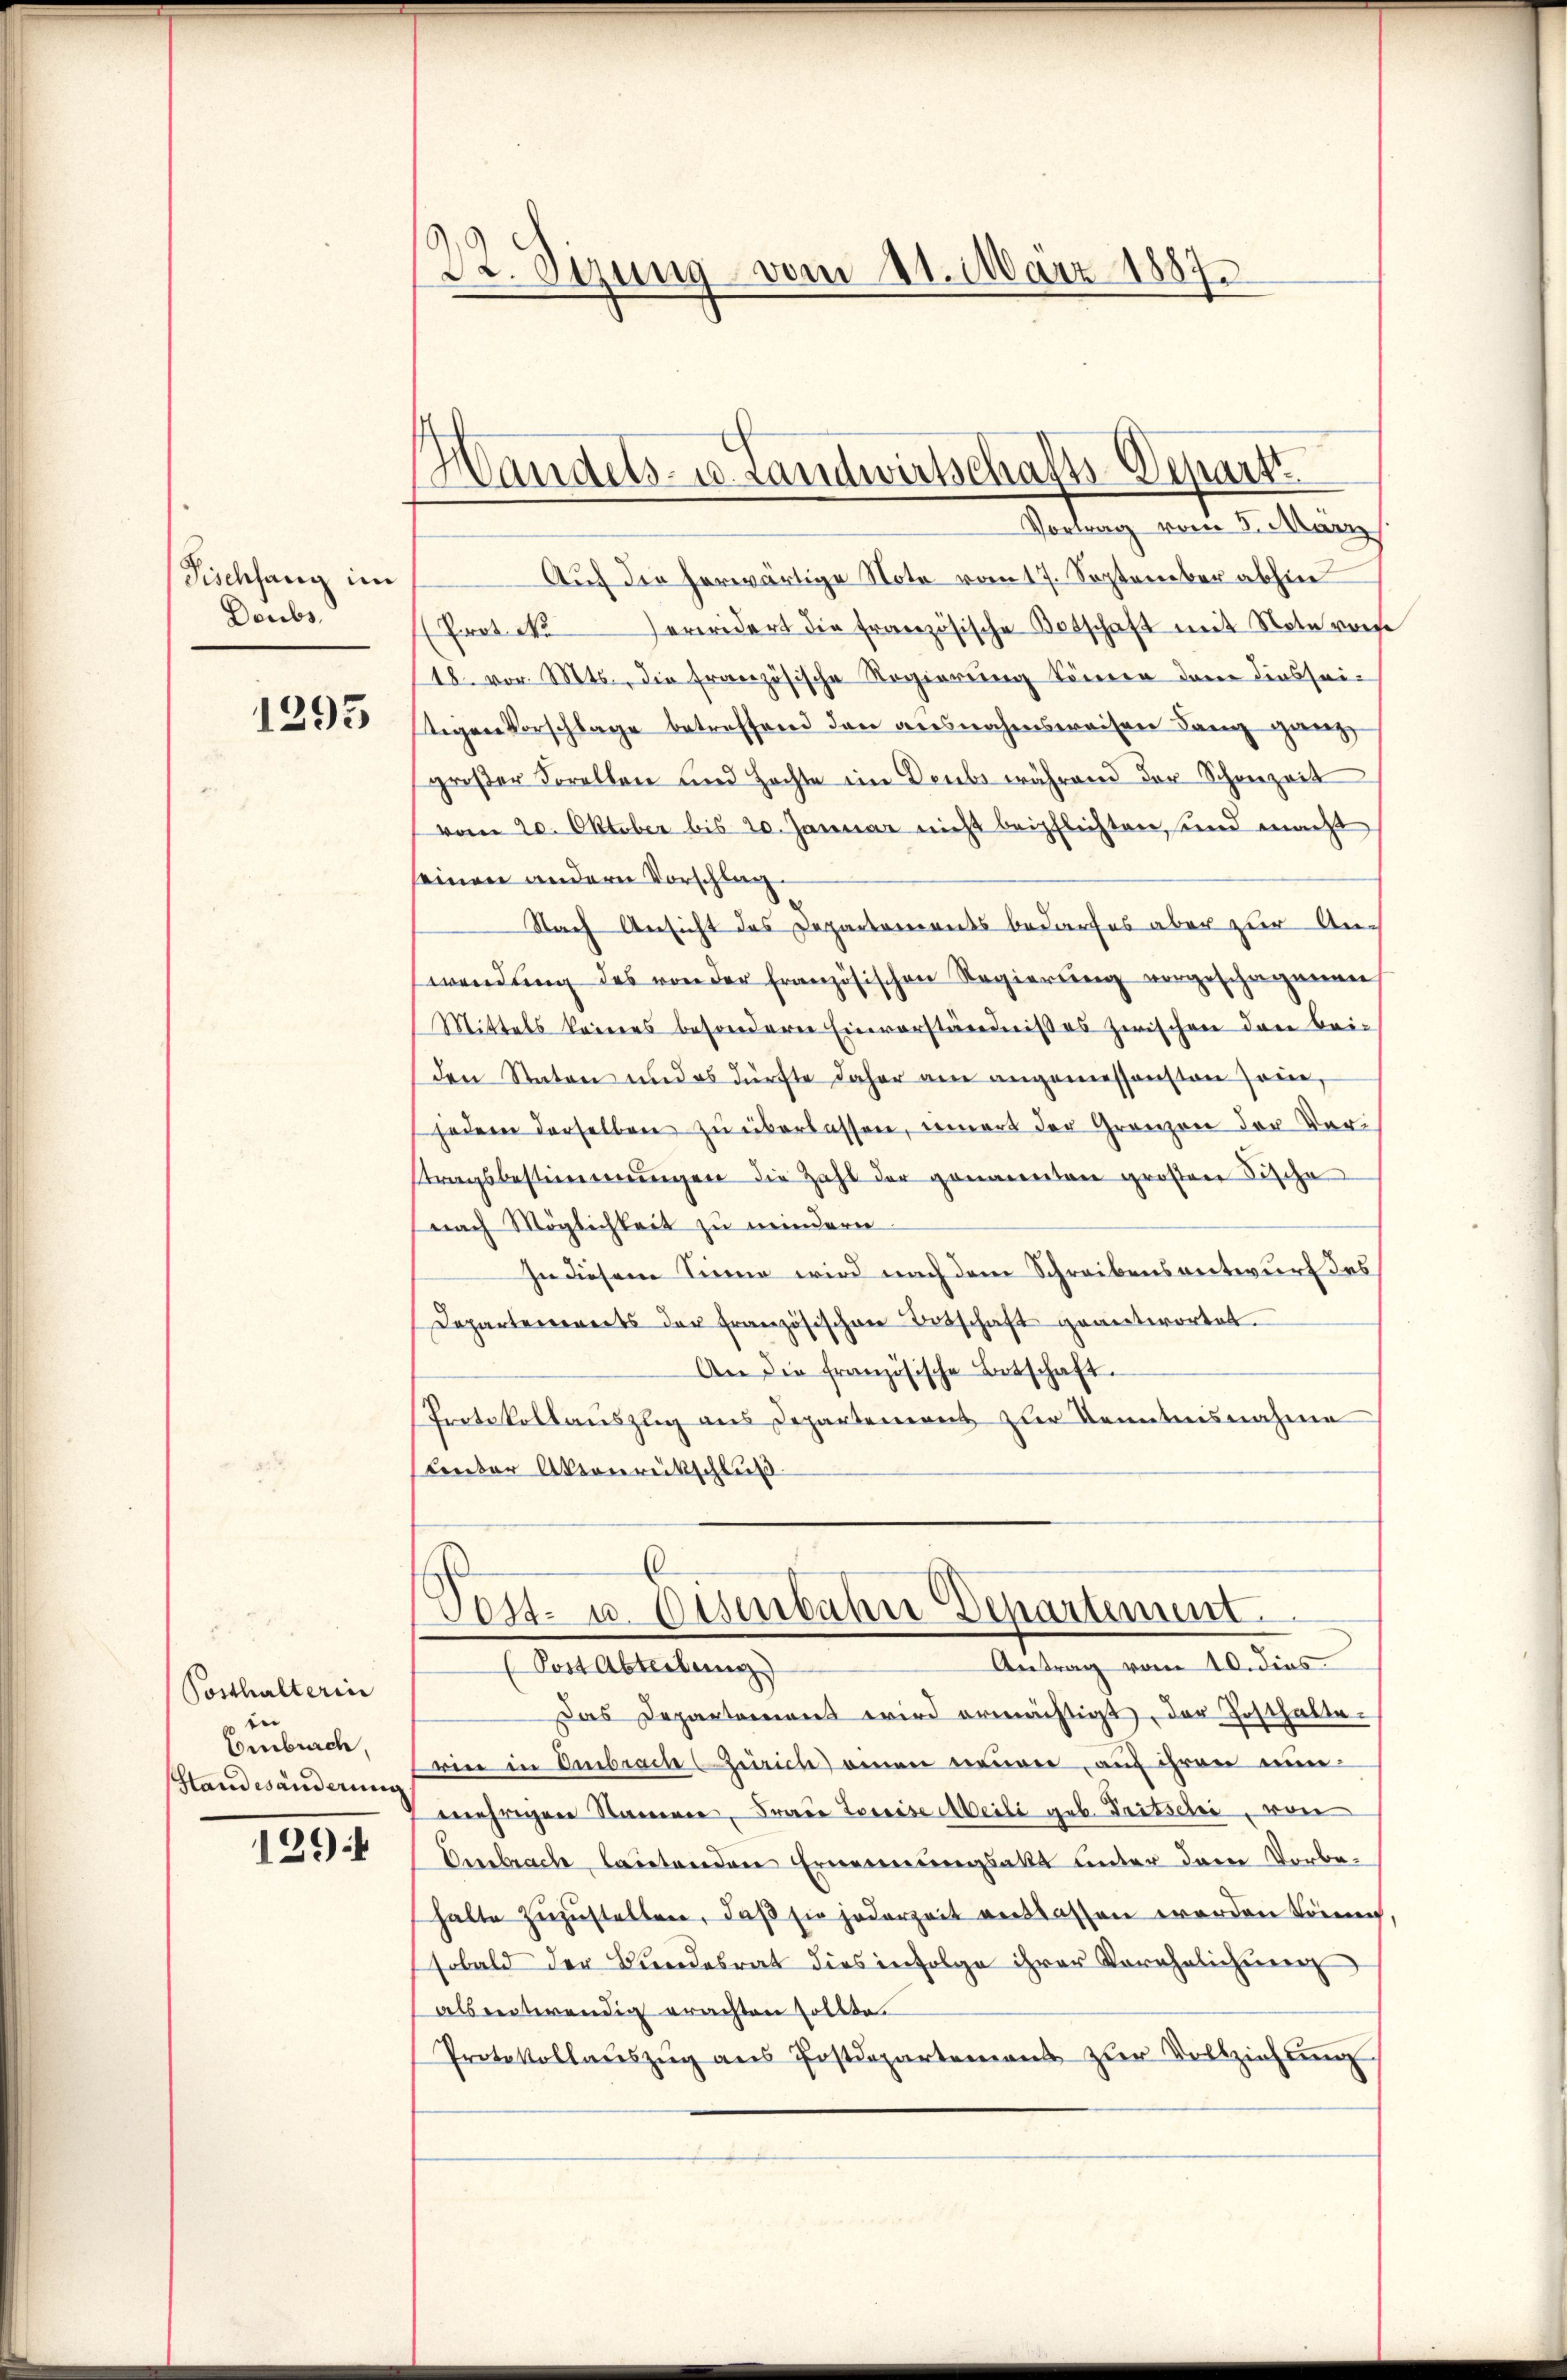
Fischfang im
Deubs.

1295

Posthalterin
de
Emburch,
Standesänderung
129

22. Sizung vom 21. März 1887.

Handels- u. Landwirtschafts-Depart.
Vortrag vom 5. März

Auf die herwärtige Note vom 17. September abhin
Prot. M. erwidert die französische Botschaft mit Note vonse
18. vor. Mts., die französische Regierung können dann diessei-
stigen Vorschlage betreffend den ausnahmsweisen Lang ganz
großer Forellen und Hochte im Deubs während der Schanzeit
vom 20. Oktober bis 20. Januar nicht beipflichten, und macht
seinen andern Vorschlag.
Nach Ansicht des Departements bedarfes aber zur An-
wendung des von der französischen Regierung vorgeschagenen
Mittels keines besonderer Einverständnißes zwischen drei bei-
den Staten und es dürfte daher am angemessensten Jone,
jedem derselben zŭ überlassen, einers der Gränzen der Vari
stragsbestimmungen die Zahl der genannten großen Fische
nach Möglichkeit zu mindern
In diesem Sinne wird nach dem Schreibensentwurf des
Departenvereits der Französischen Botschaft geantwortet.
An die französische Betschaft.
Protokollauszig aus Departement zur Kenntnisnahme
Fender Aktenrückschluß

Post- u. Eisenbahn Departement.

Antrag vom 10. dies
Das Departement wird ermächtigt, der Posthaltewie in Embrach Zürich einen neuen, auf ihren einmehrigen Namen, Frau Teweise Meili geb. Tritschi, von
Embrache, lautenden Ernennungsakt unter der Vorbehalte zuzustellen, daß sie jederzeit entlassen werden könne,
sobald der Bundesrat dies infolge ihrer Verehelichung
als einterendig erachten sollte.
Protokollaŭszŭg ans Postdepartemons zŭr Vollziehung

(Post Abteilung